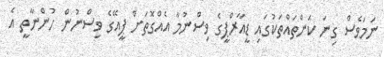
ނަމަވެސް ގިނަ ކަންތައްތަކުގައި ޑީއާރްޕީގެ ވިސްނުމާ އެއްގޮތަށް ޕީއޭގެ ވިސްނުން ހުންނާތީ އެ